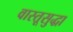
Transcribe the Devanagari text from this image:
वास्तूसुद्धा